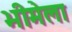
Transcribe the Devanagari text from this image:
भीमेला